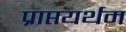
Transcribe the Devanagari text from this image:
प्राप्तयर्थम